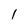
Character: 1